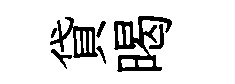
貸暍